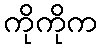
ကိုကိုက